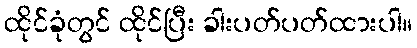
ထိုင်ခုံတွင် ထိုင်ပြီး ခါးပတ်ပတ်ထားပါ။